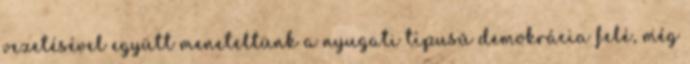
vezetésével együtt meneteltünk a nyugati típusú demokrácia felé, még